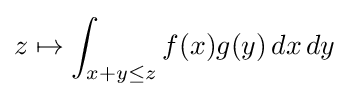
z\mapsto \int _{x+y\leq z}f(x)g(y)\,dx\,dy